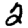
Digit: 2